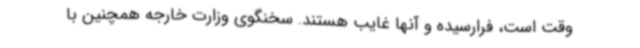
وقت است، فرارسیده و آنها غایب هستند. سخنگوی وزارت خارجه همچنین با